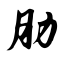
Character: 肋